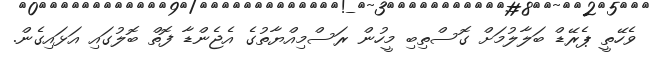
ވެހޭތީ ޕެރޭޑް ބަލާލުމަށް ގޮސްތިބި މީހުން ރަސްމިއްޔާތުގެ އެޖެންޑާ ފޮތް ބޮލުގައި އަޅައިގެން.